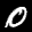
Label: 0